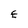
Character: E